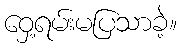
ဝှေ့ရမ်းမပြသာခဲ့။